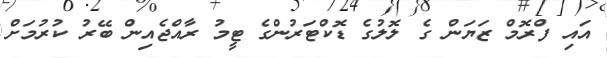
އައި ފްރޮމް ޒަޔަން ގެ ލޮލުގެ ޑޮކްޓަރުންގެ ޓީމު ރާއްޖެއިން ބޭރު ކުރުމަށް